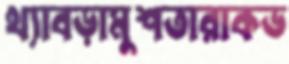
থ্যাবড়ামুশতারাকভ